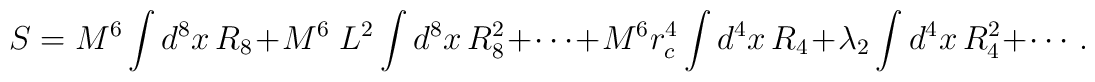
S=M^6\int d^8 x\, R_8 + M^6 \; L^2 \int d^8 x\, R^2_8+\cdots +M^6r_c^4\int d^4x\,R_4 + \lambda_2\int d^4x\, R_4^2+\cdots\,.